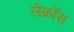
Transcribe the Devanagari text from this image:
लेक्रॉस